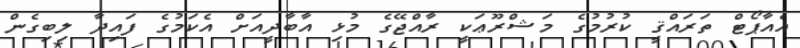
އެއާޕޯޓް ތަރައްޤީ ކުރުމުގެ މަޝްރޫޢަކީ ރާއްޖޭގެ މުޅި އާބާދީއަށް އެކަމުގެ ފައިދާ ލިބިގެން